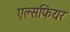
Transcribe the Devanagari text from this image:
एल्सफियर